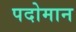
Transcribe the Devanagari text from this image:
पदोमान